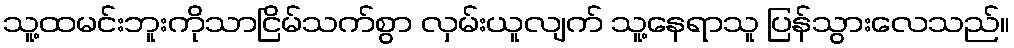
သူ့ထမင်းဘူးကိုသာငြိမ်သက်စွာ လှမ်းယူလျက် သူ့နေရာသူ ပြန်သွားလေသည်။